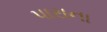
પારાના